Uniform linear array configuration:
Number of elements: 4
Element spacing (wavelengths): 0.25
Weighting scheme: hamming
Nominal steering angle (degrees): -45
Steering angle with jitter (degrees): -46.254
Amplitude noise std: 0.05
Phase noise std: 0.05

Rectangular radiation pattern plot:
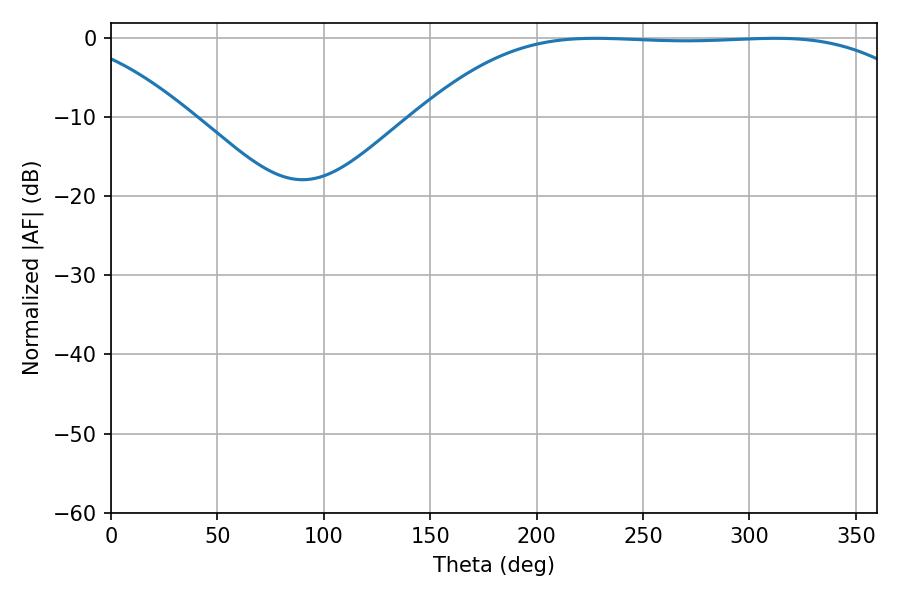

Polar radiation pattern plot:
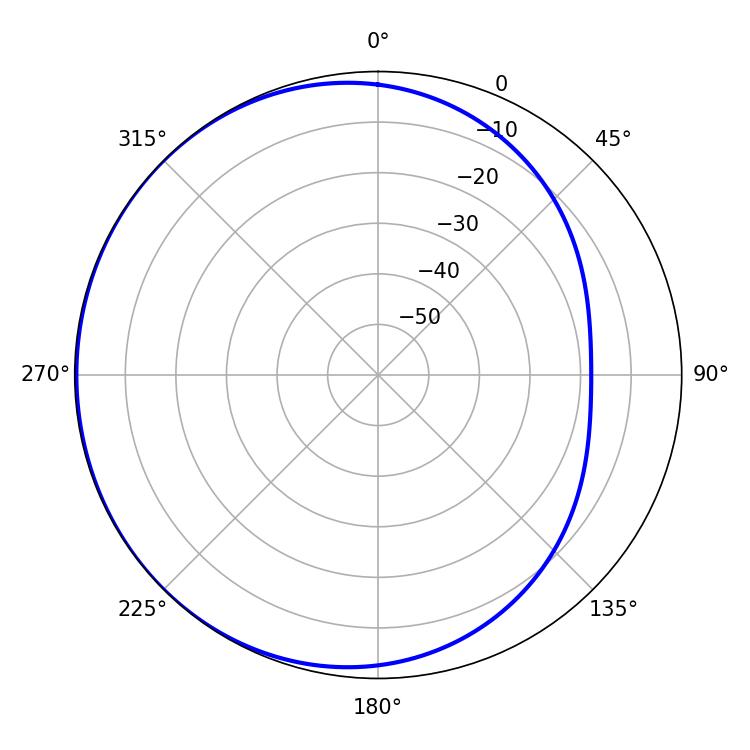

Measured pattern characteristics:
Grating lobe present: FALSE
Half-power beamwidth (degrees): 183.06
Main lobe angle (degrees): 227.7